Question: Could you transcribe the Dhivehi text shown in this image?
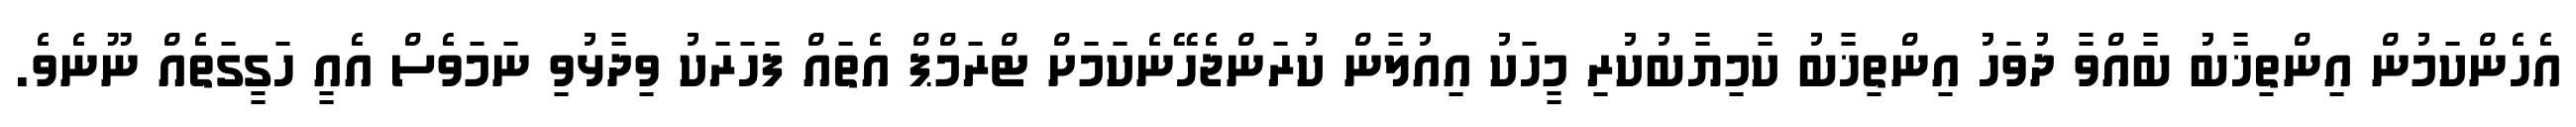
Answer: އެހެންކަމުން އިންތިޚާބު ބާއްވާ ދުވަހު އިންތިޚާބު ކާމިޔާބުކުރި މީހަކު އިއުލާން ކުރަންޖެހޭނެކަމަށް ޓްރަމްޕް އެތައް ފަހަރަކު ވިދާޅުވި ނަމަވެސް އެއީ ހަގީގަތެއް ނޫނެވެ.